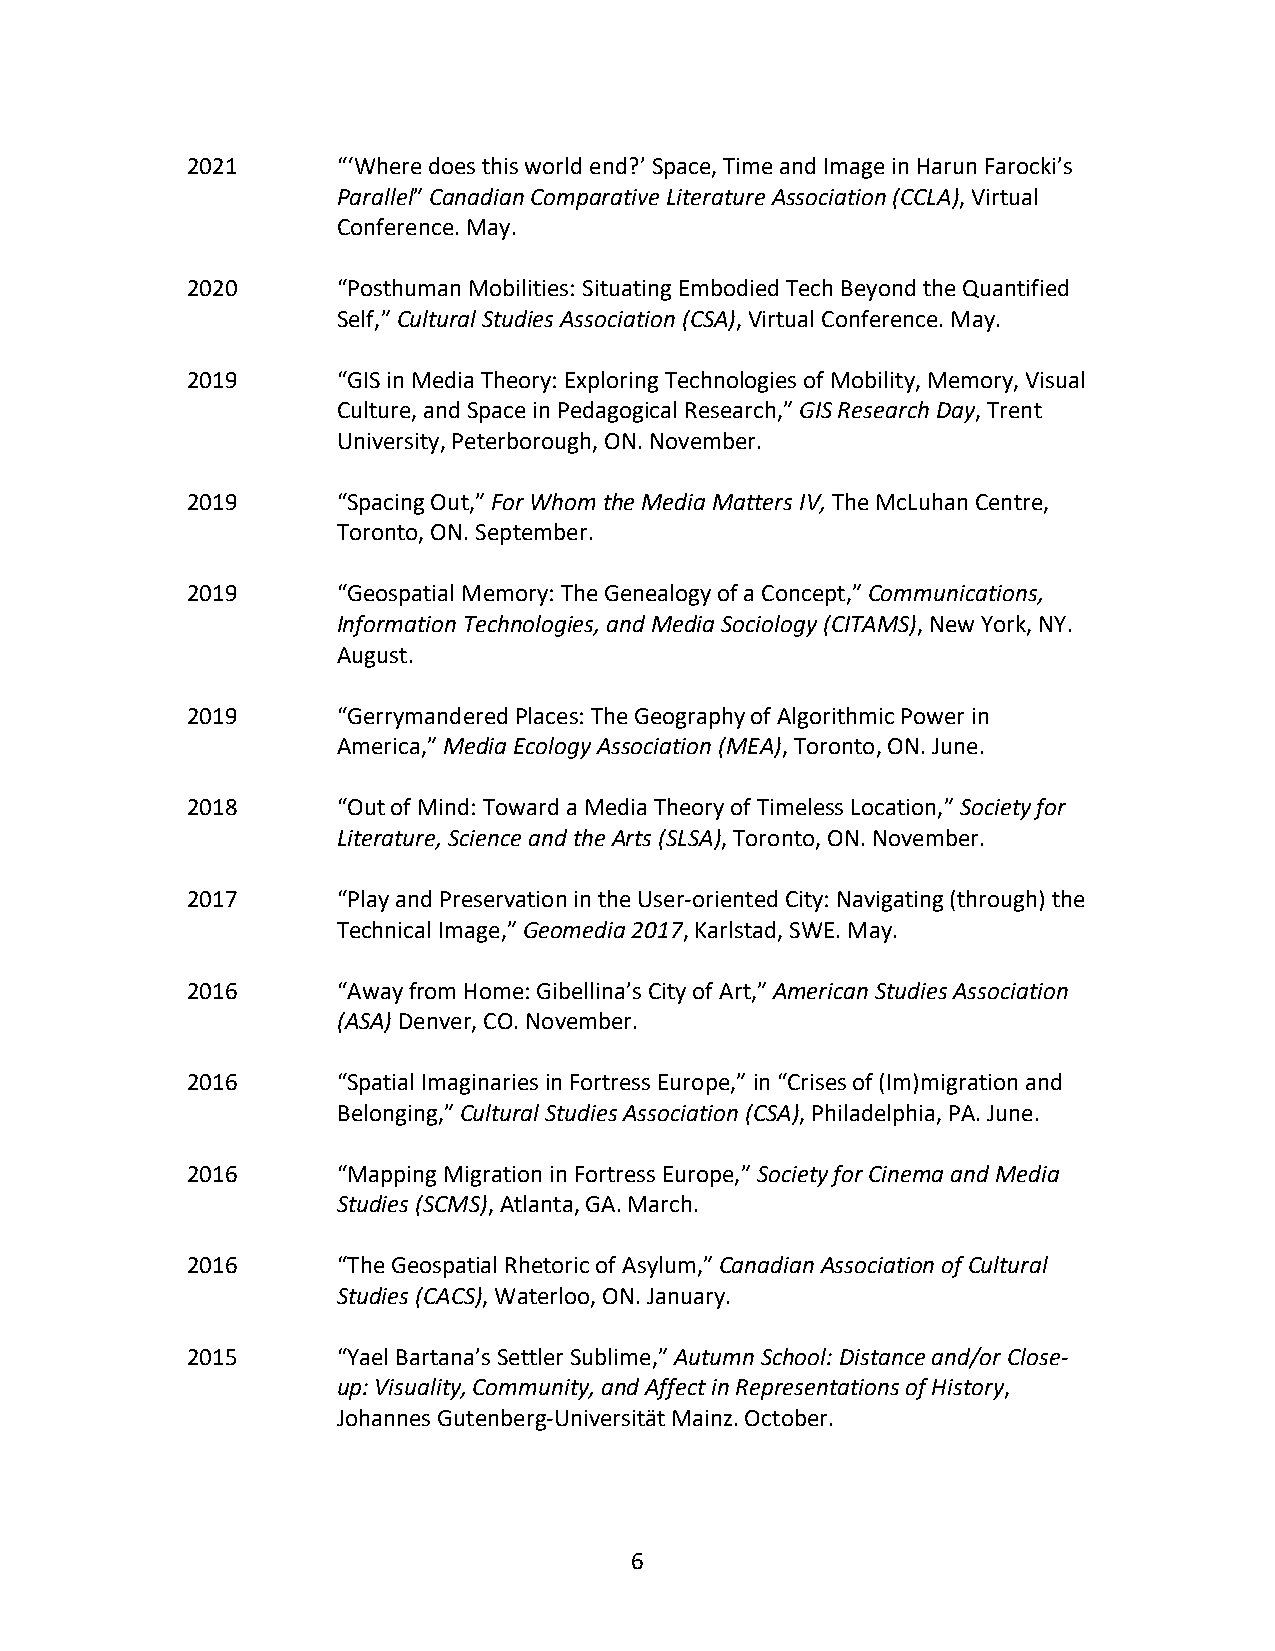
2021      “‘Where does this world end?’ Space, Time and Image in Harun Farocki’s
 Parallel” Canadian Comparative Literature Association (CCLA), Virtual
 Conference. May.
 2020      “Posthuman Mobilities: Situating Embodied Tech Beyond the Quantified
 Self,” Cultural Studies Association (CSA), Virtual Conference. May.
 2019      “GIS in Media Theory: Exploring Technologies of Mobility, Memory, Visual
 Culture, and Space in Pedagogical Research,” GIS Research Day, Trent
 University, Peterborough, ON. November.
 2019      “Spacing Out,” For Whom the Media Matters IV, The McLuhan Centre,
 Toronto, ON. September.
 2019      “Geospatial Memory: The Genealogy of a Concept,” Communications,
 Information Technologies, and Media Sociology (CITAMS), New York, NY.
 August.
 2019      “Gerrymandered Places: The Geography of Algorithmic Power in
 America,” Media Ecology Association (MEA), Toronto, ON. June.
 2018      “Out of Mind: Toward a Media Theory of Timeless Location,” Society for
 Literature, Science and the Arts (SLSA), Toronto, ON. November.
 2017      “Play and Preservation in the User-oriented City: Navigating (through) the
 Technical Image,” Geomedia 2017, Karlstad, SWE. May.
 2016      “Away from Home: Gibellina’s City of Art,” American Studies Association
 (ASA) Denver, CO. November.
 2016      “Spatial Imaginaries in Fortress Europe,” in “Crises of (Im)migration and
 Belonging,” Cultural Studies Association (CSA), Philadelphia, PA. June.
 2016      “Mapping Migration in Fortress Europe,” Society for Cinema and Media
 Studies (SCMS), Atlanta, GA. March.
 2016      “The Geospatial Rhetoric of Asylum,” Canadian Association of Cultural
 Studies (CACS), Waterloo, ON. January.
 2015      “Yael Bartana’s Settler Sublime,” Autumn School: Distance and/or Close-
 up: Visuality, Community, and Affect in Representations of History,
 Johannes Gutenberg-Universität Mainz. October.
 6